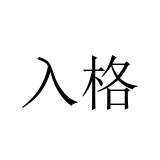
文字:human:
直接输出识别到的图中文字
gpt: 入格